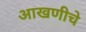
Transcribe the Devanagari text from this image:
आखणीचे